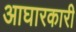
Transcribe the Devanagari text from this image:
आघारकारी